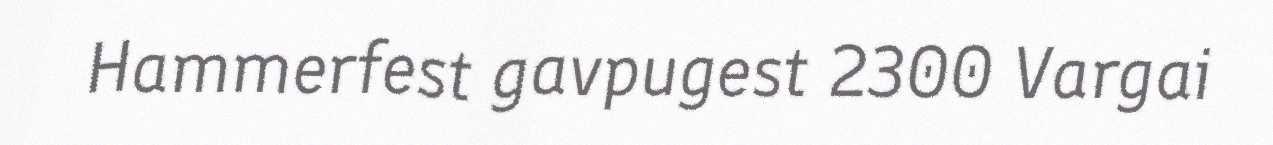
Hammerfest gavpugest 2300 Vargai